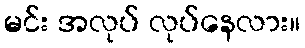
မင်း အလုပ် လုပ်နေလား။